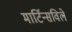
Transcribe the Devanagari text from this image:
मार्टिन्सविले